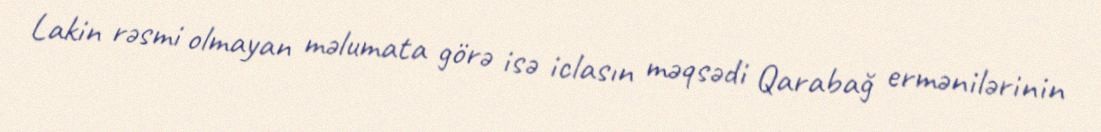
Lakin rəsmi olmayan məlumata görə isə iclasın məqsədi Qarabağ ermənilərinin